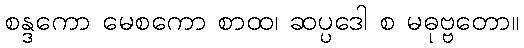
စန္ဒကော မေစကော စာထ၊ ဆပ္ပဒေါ စ မဓုဗ္ဗတော။